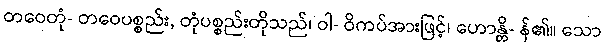
တဝေတုံ- တဝေပစ္စည်း, တုံပစ္စည်းတိုသည်၊ ဝါ- ဝိကပ်အားဖြင့်၊ ဟောန္တိ- န်၏။ သော